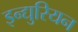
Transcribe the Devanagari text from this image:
इन्द्युरियन